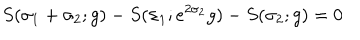
S ( \sigma _ { 1 } + \sigma _ { 2 } ; g ) - S ( \sigma _ { 1 } ; e ^ { 2 \sigma _ { 2 } } g ) - S ( \sigma _ { 2 } ; g ) = 0